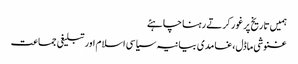
ہمیں تاریخ پر غور کرتے رہنا چاہئے
غنوشی ماڈل،غامدی بیانیہ سیاسی اسلام اور تبلیغی جماعت